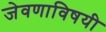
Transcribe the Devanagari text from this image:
जेवणाविषयी